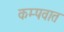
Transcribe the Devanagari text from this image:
कम्पवात